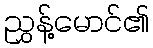
ညွှန့်မောင်၏